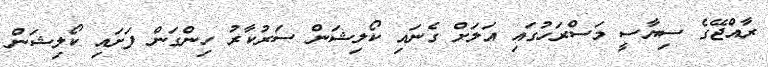
ރާއްޖޭގެ ސިޔާސީ މަސްރަހުގައި އަލަށް ގެނައި ކޯލިޝަން ސަރުކާރު ހިންގަން ފަށައި ކޯލިޝަން